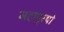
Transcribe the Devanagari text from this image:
महापुरषो